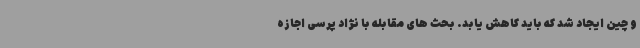
و چین ایجاد شد که باید کاهش یابد. بحث های مقابله با نژاد پرسی اجازه